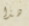
هذا